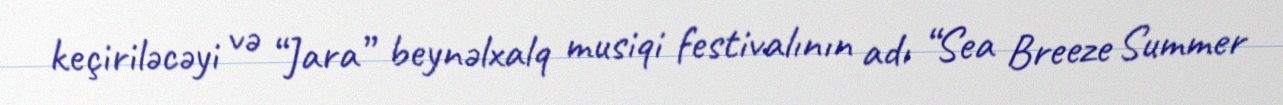
keçiriləcəyi və “Jara” beynəlxalq musiqi festivalının adı “Sea Breeze Summer